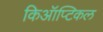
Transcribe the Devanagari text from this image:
किऑप्टिकल